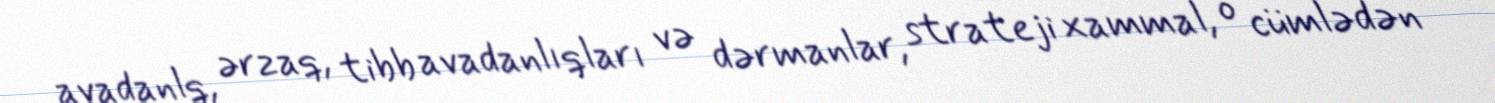
avadanlq, ərzaq, tibb avadanlıqları və dərmanlar, strateji xammal, o cümlədən